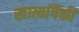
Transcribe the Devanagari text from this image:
खात्यांपैकी